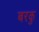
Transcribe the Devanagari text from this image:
बरकु